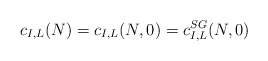
\begin{align*}c_{I,L}(N)=c_{I,L}(N,0)=c_{I,L}^{SG}(N,0)\end{align*}